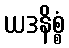
ယဒနိစ္စံ